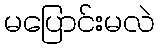
မပြောင်းမလဲ